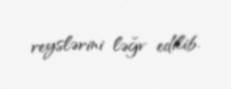
reyslərini ləğv edilib.